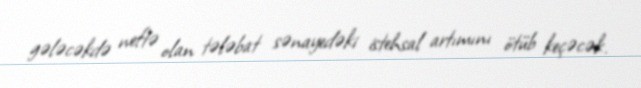
gələcəkdə neftə olan tələbat sənayedəki istehsal artımını ötüb keçəcək.